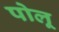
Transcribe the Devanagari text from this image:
पोलू